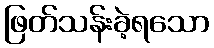
ဖြတ်သန်းခဲ့ရသော